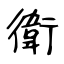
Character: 衛